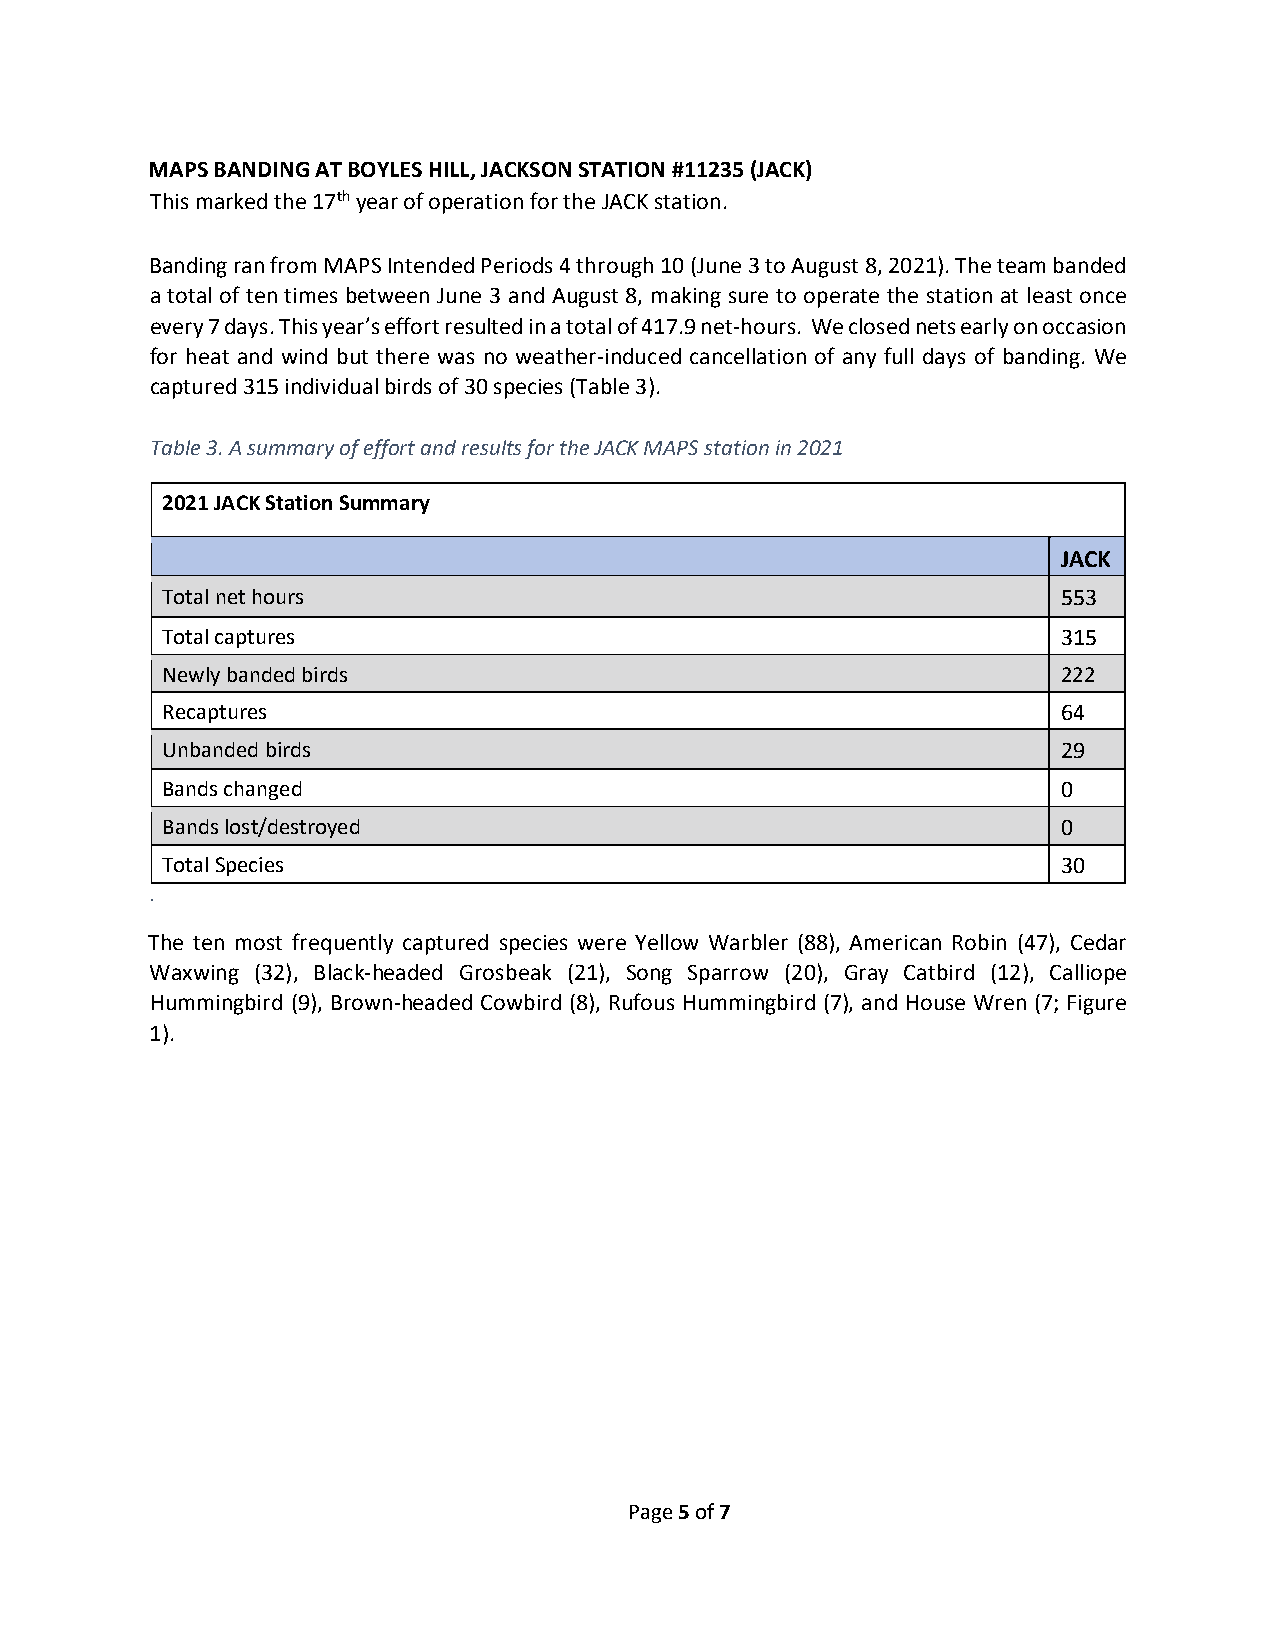
MAPS BANDING AT BOYLES HILL, JACKSON STATION #11235 (JACK)
 This marked the 17th year of operation for the JACK station.
 Banding ran from MAPS Intended Periods 4 through 10 (June 3 to August 8, 2021). The team banded
 a total of ten times between June 3 and August 8, making sure to operate the station at least once
 every 7 days. This year’s effort resulted in a total of 417.9 net-hours. We closed nets early on occasion
 for heat and wind but there was no weather-induced cancellation of any full days of banding. We
 captured 315 individual birds of 30 species (Table 3).
 Table 3. A summary of effort and results for the JACK MAPS station in 2021
 2021 JACK Station Summary
 JACK
 Total net hours                                            553
 Total captures                                             315
 Newly banded birds                                         222
 Recaptures                                                 64
 Unbanded birds                                             29
 Bands changed                                              0
 Bands lost/destroyed                                       0
 Total Species                                              30
 .
 The ten most frequently captured species were Yellow Warbler (88), American Robin (47), Cedar
 Waxwing (32), Black-headed Grosbeak (21), Song Sparrow (20), Gray Catbird (12), Calliope
 Hummingbird (9), Brown-headed Cowbird (8), Rufous Hummingbird (7), and House Wren (7; Figure
 1).
 Page 5 of 7